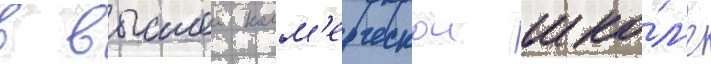
в высшеи комм'ерческои шко́л'е